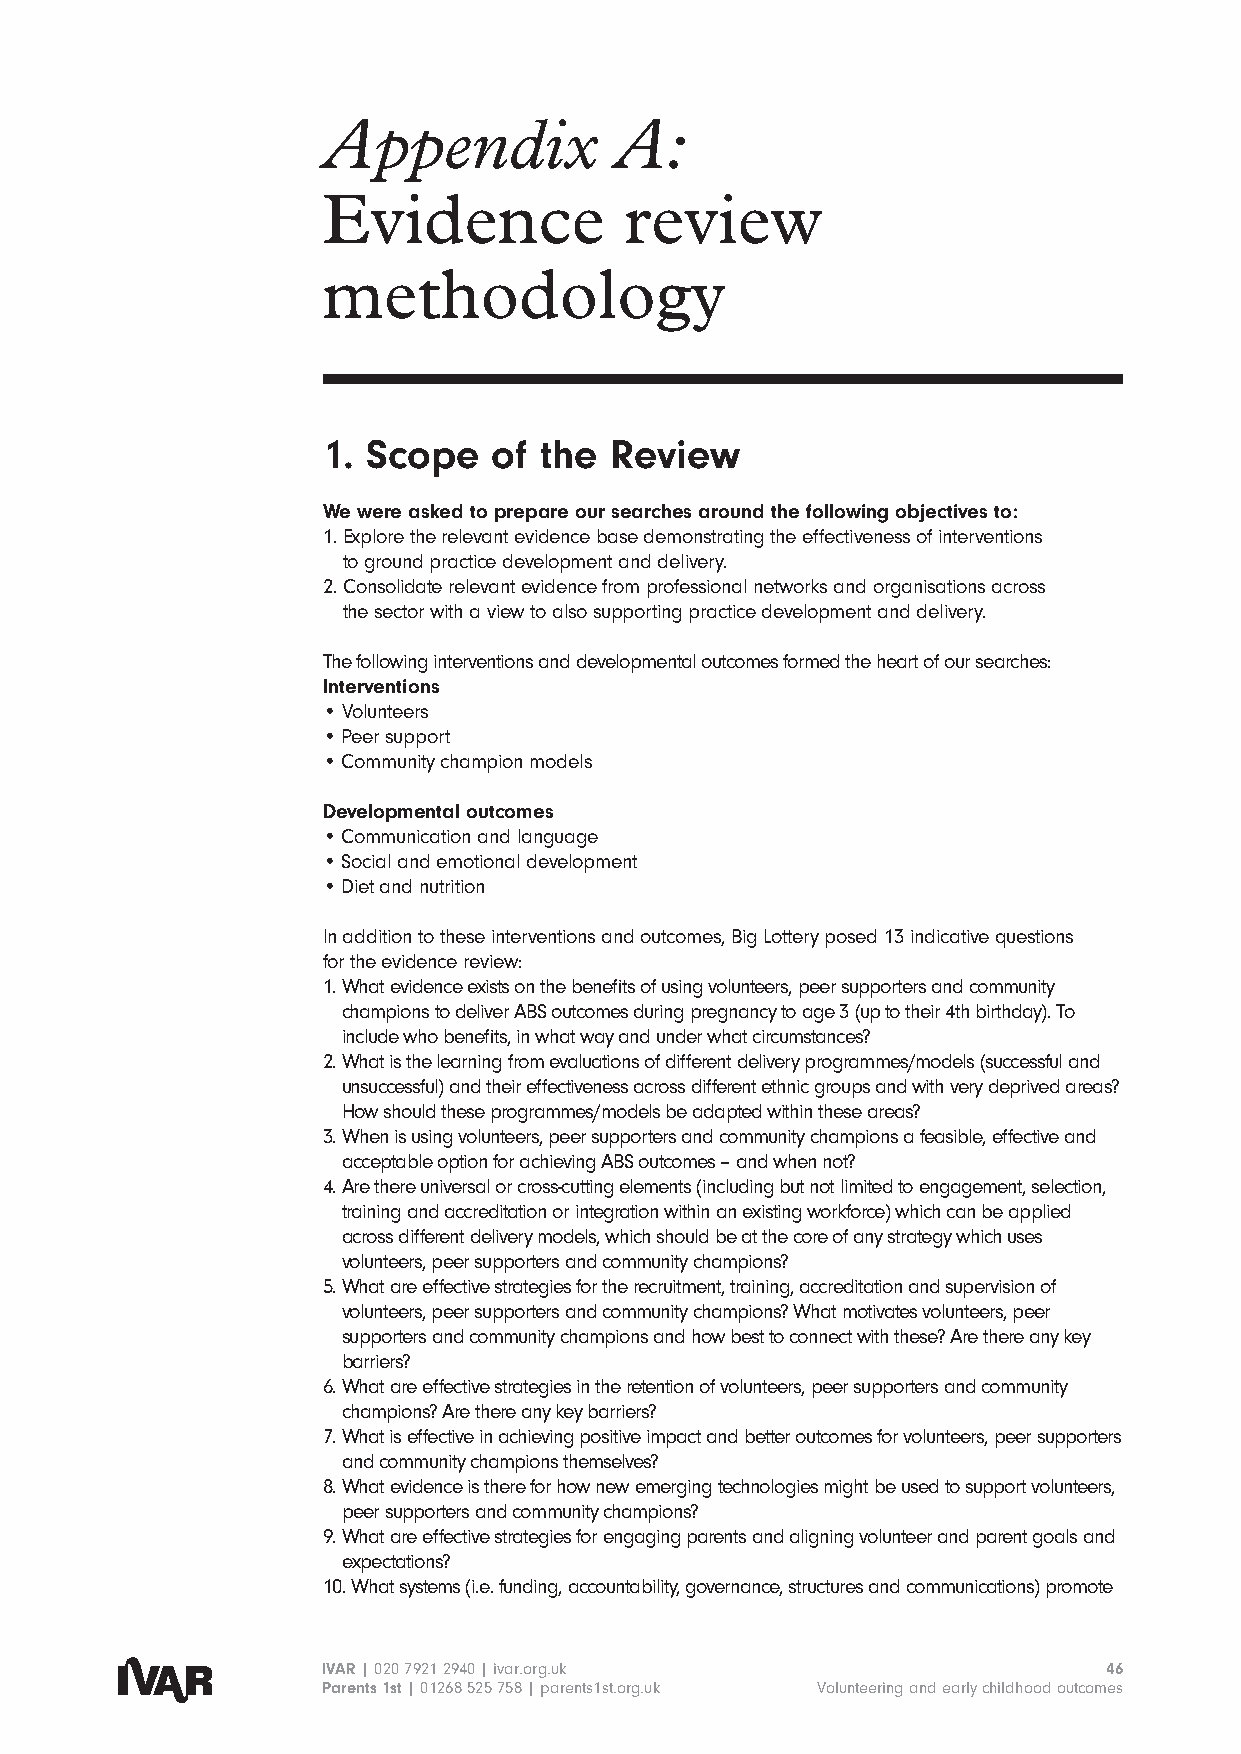
Appendix            A:
 Evidence            review
 methodology
 1. Scope    of the Review
 We were asked to prepare our searches around the following objectives to:
 1. E xplore the relevant evidence base demonstrating the effectiveness of interventions
 to ground practice development and delivery.
 2. C onsolidate relevant evidence from professional networks and organisations across
 the sector with a view to also supporting practice development and delivery.
 The following interventions and developmental outcomes formed the heart of our searches:
 Interventions
 • Volunteers
 • Peer support
 • Community champion models
 Developmental outcomes
 • Communication and language
 • Social and emotional development
 • Diet and nutrition
 In addition to these interventions and outcomes, Big Lottery posed 13 indicative questions
 for the evidence review:
 1. W hat evidence exists on the benefits of using volunteers, peer supporters and community
 champions to deliver ABS outcomes during pregnancy to age 3 (up to their 4th birthday). To
 include who benefits, in what way and under what circumstances?
 2. W hat is the learning from evaluations of different delivery programmes/models (successful and
 unsuccessful) and their effectiveness across different ethnic groups and with very deprived areas?
 How should these programmes/models be adapted within these areas?
 3. W hen is using volunteers, peer supporters and community champions a feasible, effective and
 acceptable option for achieving ABS outcomes – and when not?
 4. A re there universal or cross-cutting elements (including but not limited to engagement, selection,
 training and accreditation or integration within an existing workforce) which can be applied
 across different delivery models, which should be at the core of any strategy which uses
 volunteers, peer supporters and community champions?
 5. W hat are effective strategies for the recruitment, training, accreditation and supervision of
 volunteers, peer supporters and community champions? What motivates volunteers, peer
 supporters and community champions and how best to connect with these? Are there any key
 barriers?
 6. W hat are effective strategies in the retention of volunteers, peer supporters and community
 champions? Are there any key barriers?
 7. W hat is effective in achieving positive impact and better outcomes for volunteers, peer supporters
 and community champions themselves?
 8. W hat evidence is there for how new emerging technologies might be used to support volunteers,
 peer supporters and community champions?
 9. W hat are effective strategies for engaging parents and aligning volunteer and parent goals and
 expectations?
 10. W hat systems (i.e. funding, accountability, governance, structures and communications) promote
 IVAR | 020 7921 2940 | ivar.org.uk                  46
 Parents 1st | 01268 525 758 | parents1st.org.uk Volunteering and early childhood outcomes